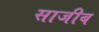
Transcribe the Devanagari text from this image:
साजीब